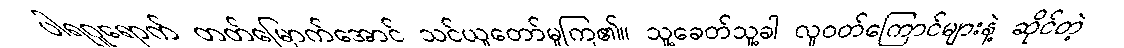
ပါရဂူရောက် တတ်မြောက်အောင် သင်ယူတော်မူကြ၏။ သူ့ခေတ်သူ့ခါ လူဝတ်ကြောင်များနဲ့ ဆိုင်တဲ့